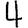
Digit: 4